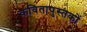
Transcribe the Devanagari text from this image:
कवितापुस्तकों